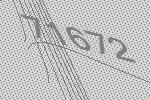
71672